Lunatic asylums Central Provinces reports 1886-1894 - 1886-1894
Year: 1886
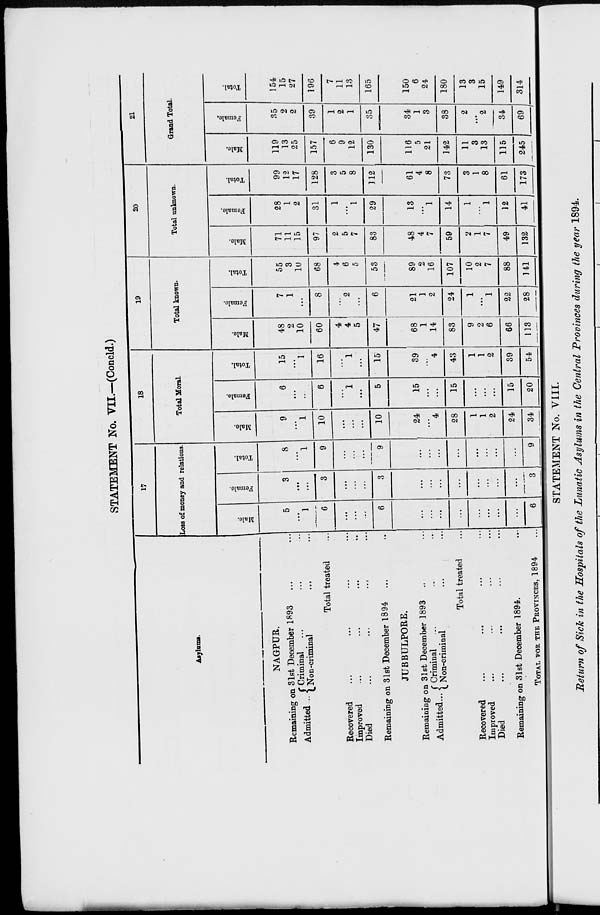
STATEMENT No. VII.—(Concld.)
Asylums.
NAGPUR.
Remaining on 31st December 1893 ... ...
Admitted ...
Criminal ... ... ...
Non-criminal ... ...
Total treated ...
Recovered ... ... ... ...
Improved ... ... ... ...
Died ... ... ... ...
Remaining on 31st December 1894 ... ...
JUBBULPORE.
Remaining on 31st December 1893 ... ...
Admitted ...
Criminal ... ... ...
Non-criminal ... ...
Total treated ...
Recovered ... ... ... ...
Improved ... ... ... ...
Died ... ... ... ...
Remaining on 31st December 1894. ...
TOTAL FOR THE PROVINCES, 1894 ...
17
Loss of money and relations.
Male.
5
...
1
6
...
...
...
6
...
...
...
...
...
...
...
...
6
Female.
3
...
...
3
...
...
...
3
...
...
...
...
...
...
...
...
3
Total.
8
...
1
9
...
...
...
9
...
...
...
...
...
...
...
...
9
18
Total Moral.
Male.
9
...
1
10
...
...
...
10
24
...
4
28
1
1
2
24
34
Female.
6
...
...
6
...
1
...
5
15
...
...
15
...
...
...
15
20
Total.
15
...
1
16
...
1
...
15
39
...
4
43
1
1
2
39
54
19
Total known.
Male.
48
2
10
60
4
4
5
47
68
1
14
83
9
2
6
66
113
Female.
7
1
...
8
...
2
...
6
21
1
2
24
1
...
1
22
28
Total.
55
3
10
68
4
6
5
53
89
2
16
107
10
2
7
88
141
20
Total unknown.
Male.
71
11
15
97
2
5
7
83
48
4
7
59
2
1
7
49
132
Female.
28
1
2
31
1
...
1
29
13
...
1
14
1
...
1
12
41
Total.
99
12
17
128
3
5
8
112
61
4
8
73
3
1
8
61
173
21
Grand Total.
Male.
119
13
25
157
6
9
12
130
116
5
21
142
11
3
13
115
245
Female.
35
2
2
39
1
2
1
35
34
1
3
38
2
...
2
34
69
Total.
154
15
27
196
7
11
13
165
150
6
24
180
13
3
15
149
314